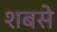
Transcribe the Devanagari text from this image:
शबसे